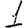
Digit: 1